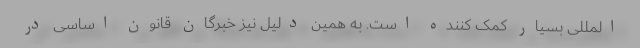
المللی بسیار کمک کننده است. به همین دلیل نیز خبرگان قانون اساسی در